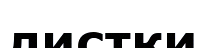
листки